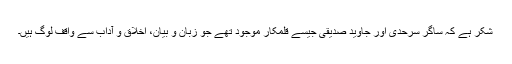
شکر ہے کہ ساگر سرحدی اور جاوید صدیقی جیسے قلمکار موجود تھے جو زبان و بیان، اخلاق و آداب سے واقف لوگ ہیں۔